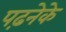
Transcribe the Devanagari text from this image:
पढ़नेके